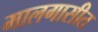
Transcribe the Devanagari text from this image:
मालगासीत